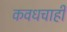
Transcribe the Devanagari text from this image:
कवधचाही